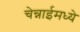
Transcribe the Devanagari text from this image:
चेन्नाईमध्ये